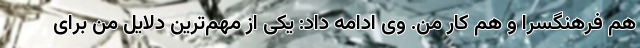
هم فرهنگسرا و هم کار من. وی ادامه داد: یکی از مهم‌ترین دلایل من برای